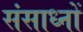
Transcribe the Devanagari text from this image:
संसाध्नों